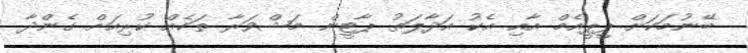
ބޭނުމަކަށް ޕީޕީއެމް އާއި އެކު އަދާލަތު ޕާޓީން މަޝްވަރާ ތަކެއް ކުރިއަށް ގެންދާ